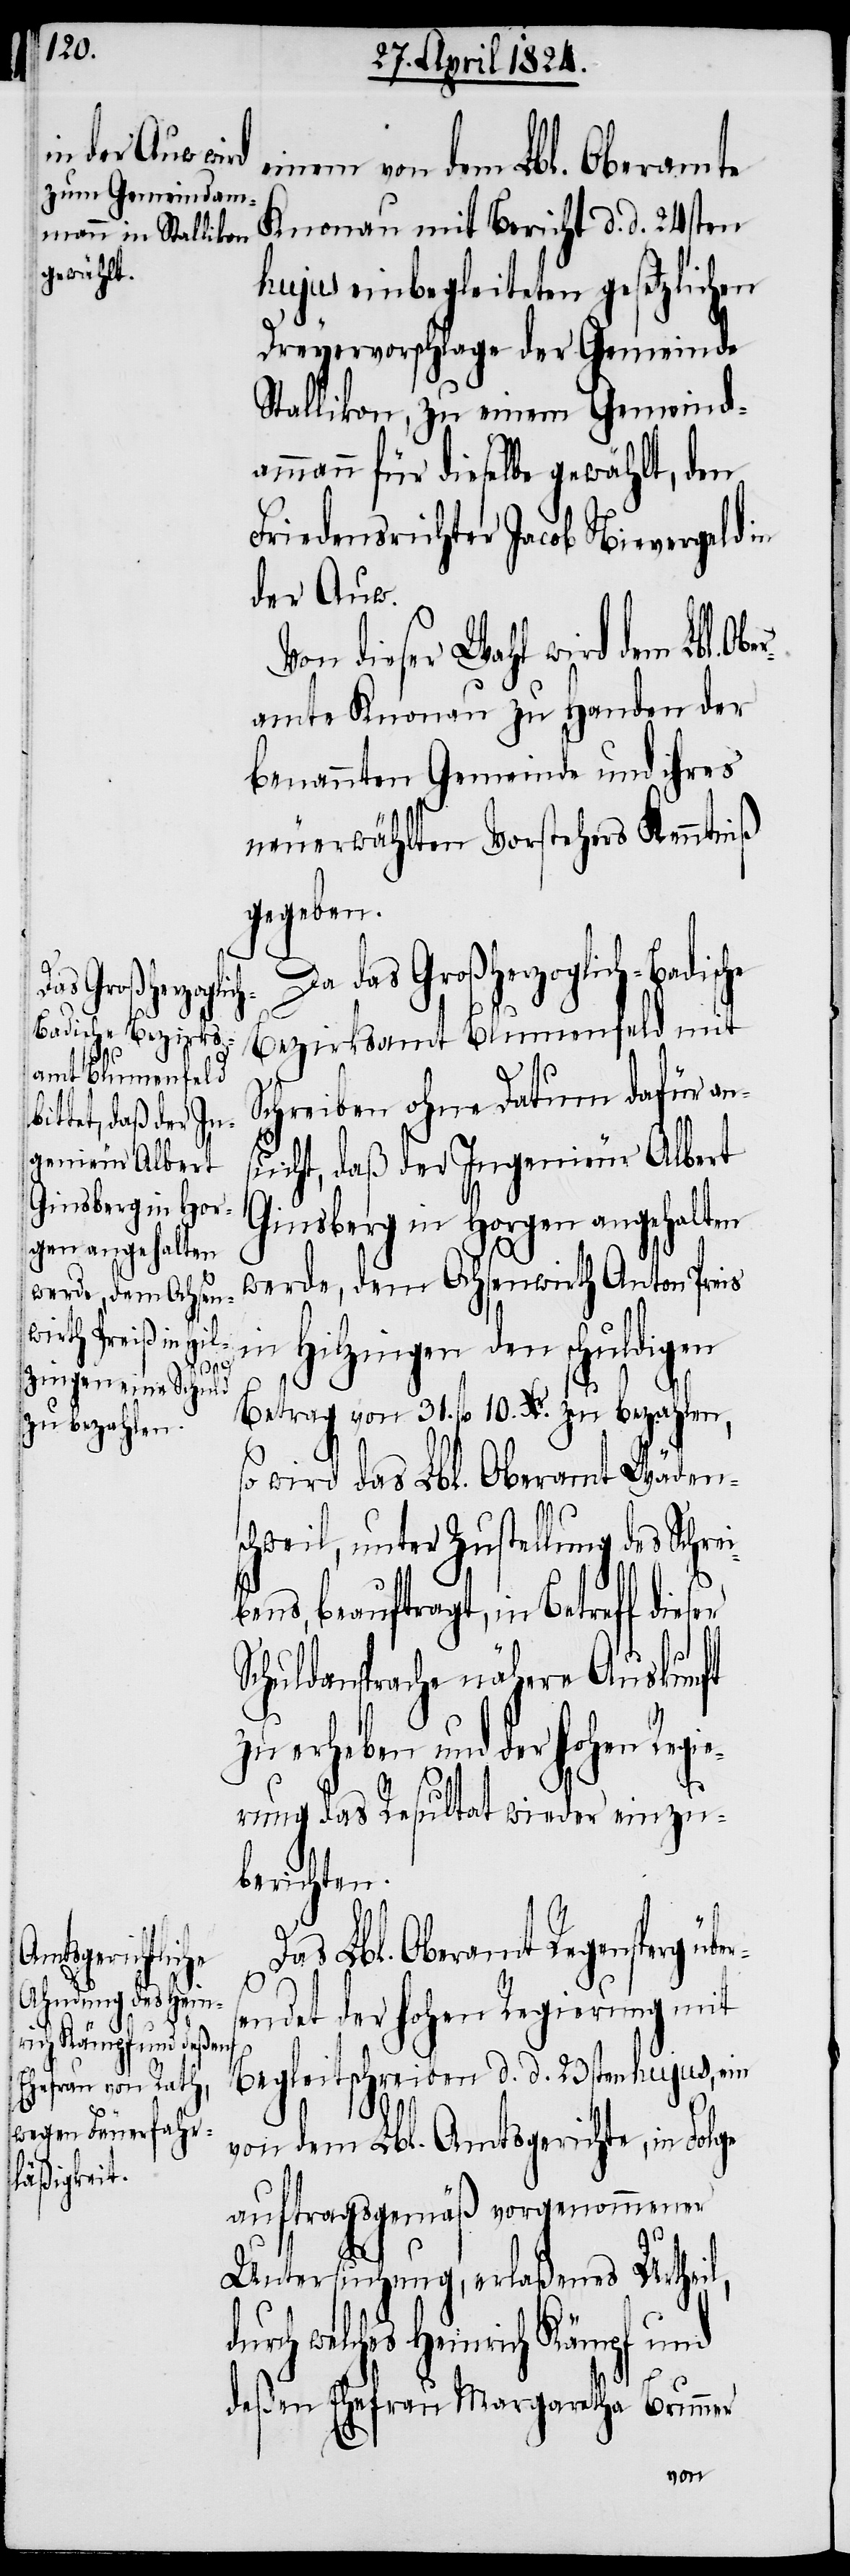
das Großherzoglic¬
h-Badische Bezirks¬
amt Blumenfeld
gie¬
überse¬

einem von dem Lbl. Oberamte
Knonau mit Bericht d. d. 24sten
hujus einbegleiteten gesetzlichen
Dreyervorschlage der Gemeinde
Stallikon, zu einem Gemeind¬
ammann für dieselbe gewählt, den
Friedensrichter Jacob Nievergeld in
der Auw.
Von dieser Wahl wird dem Lbl. O¬
amte Knonau zu Handen der
benannten Gemeinde und ihres
neuerwählten Vorstehers Kenntniß
gegeben.
ser
Schreiben ohne Datum dafür an¬
sucht, daß der Ingenieur Albert
Ginsberg in Horgen angehalten
werde, dem Ochsenwirth Anton Preis
in Hilzingen den schuldigen
Betrag von 31. fl. 10. Xr. zu bezahlen,
so wird das Lbl. Oberamt Wädens¬
chweil, unter Zustellung de¬
bens, beauftragt, in Betreff die¬
Schuldansprache nähere Auskunft
zu erheben und der hohen Re¬
rung das Resultat wieder einzu¬
berichten.
Das Lbl. Oberamt Regensperg
ndet der hohen Regierung mit
Begleitschreiben d. d. 23sten hujus, ein
von dem Lbl. Amtsgerichte, in Folge
auftragsgemäß vorgenommener
Untersuchung, erlaßenes Urtheil,
durch welches Heinrich Kämpf und
deßen Ehefrau Margaretha Brunner